Annual report on the Civil Veterinary Department, Burma (including the Insein Veterinary School) - 1932-1941
Year: 1932
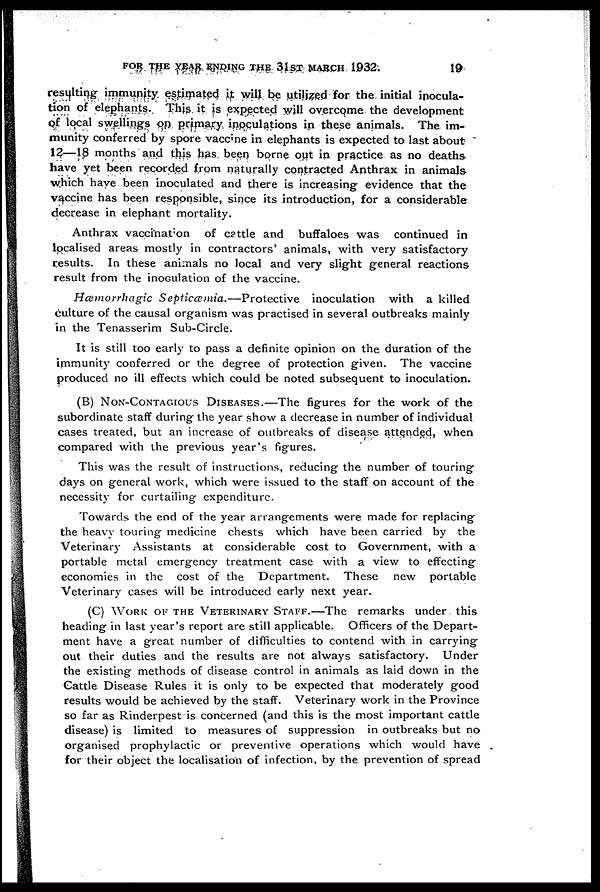
FOR THE YEAR ENDING THE 31ST MARCH 1932.
19
resulting immunity estimated it will be utilized for the initial inocula-
tion of elephants. This it is expected will overcome the development
of local swellings on primary inoculations in these animals. The im-
munity conferred by spore vaccine in elephants is expected to last about
12—18 months and this has been borne out in practice as no deaths
have yet been recorded from naturally contracted Anthrax in animals
which have been inoculated and there is increasing evidence that the
vaccine has been responsible, since its introduction, for a considerable
decrease in elephant mortality.
Anthrax vaccinal on of cattle and buffaloes was continued in
localised areas mostly in contractors' animals, with very satisfactory
results. In these animals no local and very slight general reactions
result from the inoculation of the vaccine.
Hæmorrhagic
Septicæmia.—Protective
inoculation with a killed
culture of the causal organism was practised in several outbreaks mainly
in the Tenasserim Sub-Circle.
It is still too early to pass a definite opinion on the duration of the
immunity conferred or the degree of protection given. The vaccine
produced no ill effects which could be noted subsequent to inoculation.
(B) NON-CONTAGIOUS DISEASES.—The figures for the work of the
subordinate staff during the year show a decrease in number of individual
cases treated, but an increase of outbreaks of disease attended, when
compared with the previous year's figures.
This was the result of instructions, reducing the number of touring
days on general work, which were issued to the staff on account of the
necessity for curtailing expenditure.
Towards the end of the year arrangements were made for replacing
the heavy touring medicine chests which have been carried by the
Veterinary Assistants at considerable cost to Government, with a
portable metal emergency treatment case with a view to effecting
economies in the cost of the Department. These
new portable
Veterinary cases will be introduced early next year.
(C) WORK ON THE VETERINARY STAFF.—The remarks under this
heading in last year's report are still applicable. Officers of the Depart-
ment have a great number of difficulties to contend with in carrying
out their duties and the results are not always satisfactory.
Under
the existing methods of disease control in animals as laid down in the
Cattle Disease Rules it is only to be expected that moderately good
results would be achieved by the staff. Veterinary work in the Province
so far as Rinderpest is concerned (and this is the most important cattle
disease) is limited to measures of suppression in outbreaks but no
organised prophylactic or preventive operations which would have
for their object the localisation of infection, by the prevention of spread